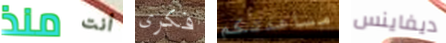
منذ أنت فكرى مساعدتكم ديفاينس